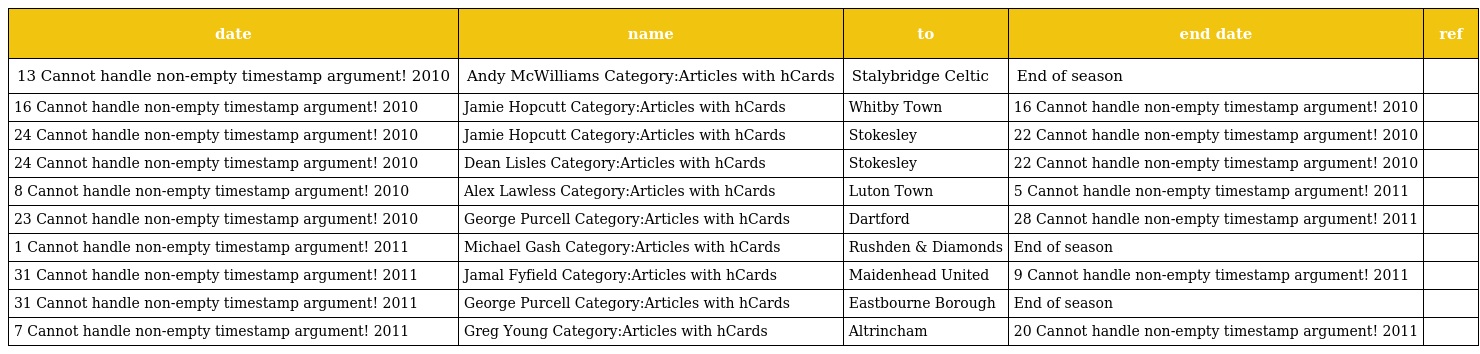
| date | name | to | end date | ref |
 | --- | --- | --- | --- | --- |
 | 13 Cannot handle non-empty timestamp argument! 2010 | Andy McWilliams Category:Articles with hCards | Stalybridge Celtic | End of season |  |
 | 16 Cannot handle non-empty timestamp argument! 2010 | Jamie Hopcutt Category:Articles with hCards | Whitby Town | 16 Cannot handle non-empty timestamp argument! 2010 |  |
 | 24 Cannot handle non-empty timestamp argument! 2010 | Jamie Hopcutt Category:Articles with hCards | Stokesley | 22 Cannot handle non-empty timestamp argument! 2010 |  |
 | 24 Cannot handle non-empty timestamp argument! 2010 | Dean Lisles Category:Articles with hCards | Stokesley | 22 Cannot handle non-empty timestamp argument! 2010 |  |
 | 8 Cannot handle non-empty timestamp argument! 2010 | Alex Lawless Category:Articles with hCards | Luton Town | 5 Cannot handle non-empty timestamp argument! 2011 |  |
 | 23 Cannot handle non-empty timestamp argument! 2010 | George Purcell Category:Articles with hCards | Dartford | 28 Cannot handle non-empty timestamp argument! 2011 |  |
 | 1 Cannot handle non-empty timestamp argument! 2011 | Michael Gash Category:Articles with hCards | Rushden & Diamonds | End of season |  |
 | 31 Cannot handle non-empty timestamp argument! 2011 | Jamal Fyfield Category:Articles with hCards | Maidenhead United | 9 Cannot handle non-empty timestamp argument! 2011 |  |
 | 31 Cannot handle non-empty timestamp argument! 2011 | George Purcell Category:Articles with hCards | Eastbourne Borough | End of season |  |
 | 7 Cannot handle non-empty timestamp argument! 2011 | Greg Young Category:Articles with hCards | Altrincham | 20 Cannot handle non-empty timestamp argument! 2011 |  |